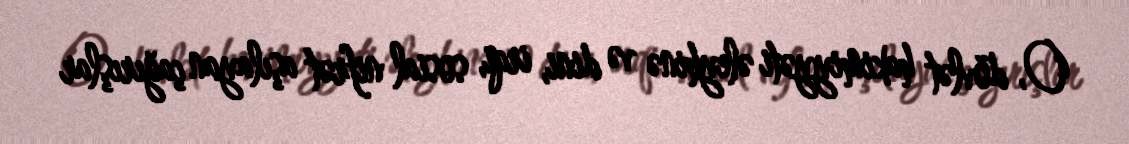
O, dövlət hakimiyyəti əleyhinə və dini, irqi, sosial nifrət aşılayan çağırışlar